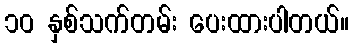
၁၀ နှစ်သက်တမ်း ပေးထားပါတယ်။